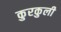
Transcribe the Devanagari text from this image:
कुरकुली